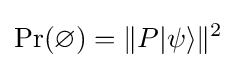
\operatorname {Pr} (\varnothing )=\Vert P|\psi \rangle \Vert ^{2}